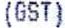
(GST)